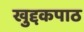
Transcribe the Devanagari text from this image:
खुद्दकपाठ